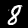
Label: 8